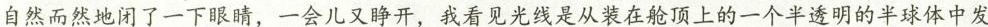
自然而然地用了一下眼睛，一会儿又睁开，我看见光线是从装在舱顶上的一个半透明的半球体中发